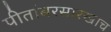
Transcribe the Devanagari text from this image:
पीतांबरसारखाच